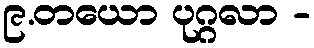
၉.တယော ပုဂ္ဂလာ -